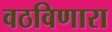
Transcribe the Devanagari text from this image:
वठविणारा